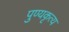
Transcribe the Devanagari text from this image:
पुण्यकृत्य